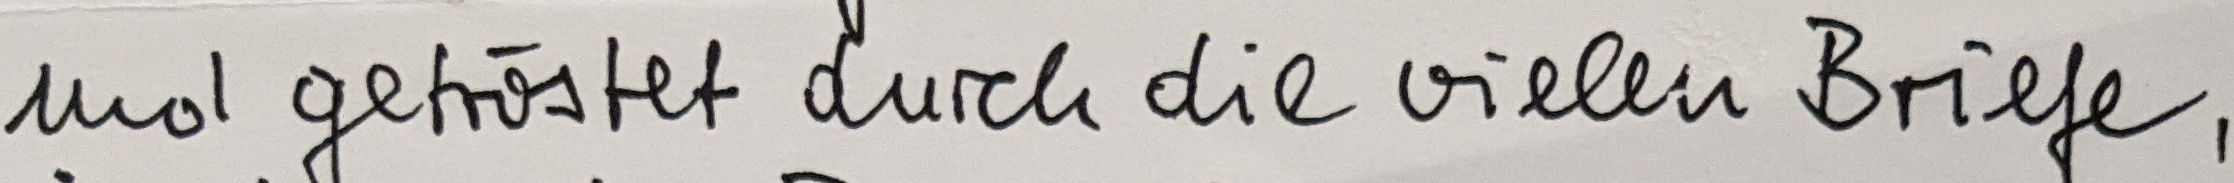
und getröstet durch die vielen Briefe,